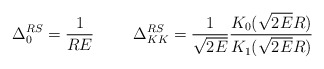
\begin{align*}\Delta_0^{RS} = \frac{1}{R E}\hspace{1.0cm}\Delta_{KK}^{RS} = \frac{1}{\sqrt{2 E}}\frac{K_0(\sqrt{2 E} R)}{K_1(\sqrt{2 E} R)}\end{align*}